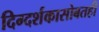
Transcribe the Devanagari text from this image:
दिग्दर्शकासोबतही